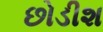
છોડીશ